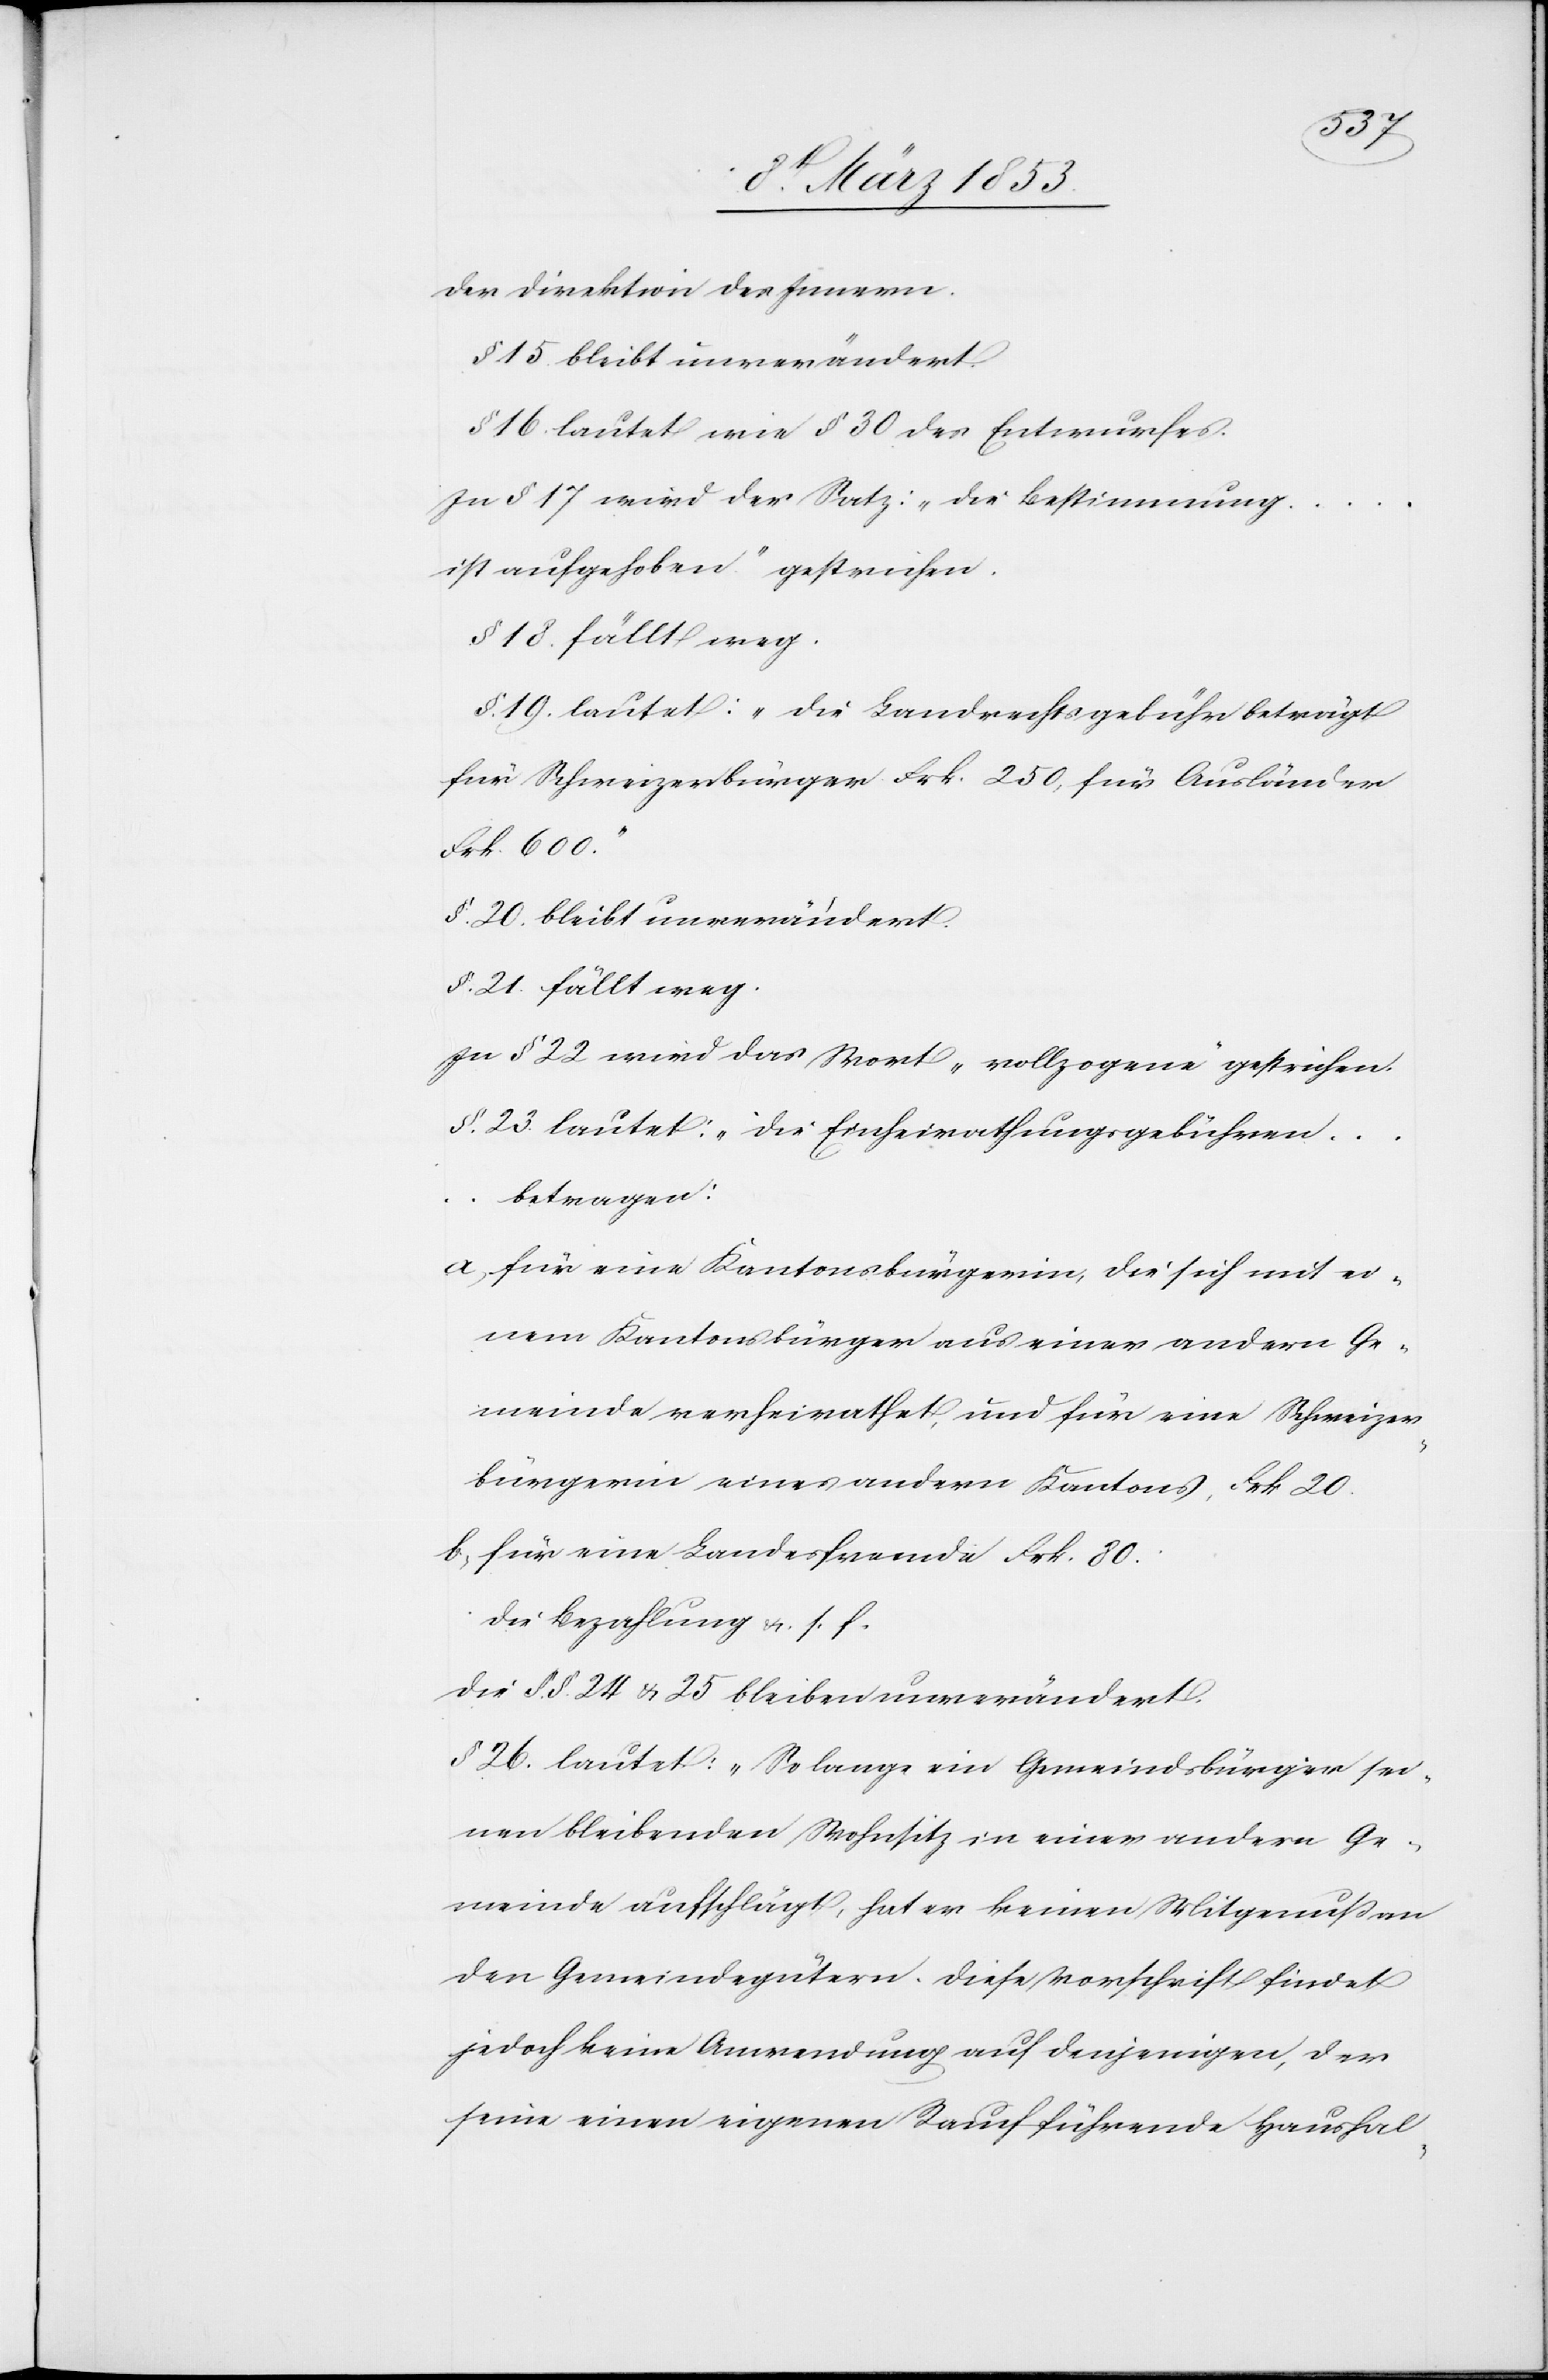
der Direktion des Innern.
§ 15 bleibt unverändert
§ 16 lautet wie § 30 des Entwurfes.
In § 17 wird der Satz: „die Bestimmung…i¬
st aufgehoben“ gestrichen.
§ 18 fällt weg.
§ 19. lautet: „die Landrechtsgebühr beträgt
für Schweizerbürger Frk. 250, für Ausländer
Frk. 600.“
§ 20. bleibt unverändert.
§ 21 fällt weg.
In § 22 wird das Wort „vollzogene“ gestrichen.
§ 23 lautet: die Einheirathungsgebühren…b¬
etragen:
a, für eine Kantonsbürgerinn, die sich mit ei¬
nem Kantonsbürger aus einer andern Ge¬
meinde verheirathet, und für eine Schweizer¬
bürgerinn eines andern Kantons, Frk. 20.
b, für eine Landesfremde Frk. 80.
die Bezahlung u. s. f.[“]
Die §. §. 24 u. 25 bleiben unverändert.
§ 26. lautet: „So lange ein Gemeindsbürger sei¬
nen bleibenden Wohnsitz in einer andern Ge¬
meinde aufschlägt, hat er keinen Mitgenuß an
den Gemeindsgütern. Diese Vorschrift findet
jedoch keine Anwendung auf denjenigen, der
seine einen eigenen Rauch führende Haushal-